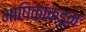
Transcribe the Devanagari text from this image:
भाषिकांकडून